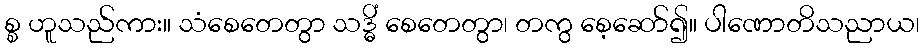
စ္စ ဟူသည်ကား။ သံစေတေတွာ သဒ္ဓိံ စေတေတွာ၊ တကွ စေ့ဆော်၍။ ပါဏောတိသညာယ၊